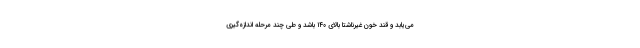
می‌یابد و قند خون غیرناشتا بالای ۱۴۰ باشد و طی چند مرحله اندازه‌گیری